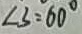
\angle 3 = 6 0 ^ { \circ }